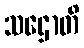
သဌောတိ